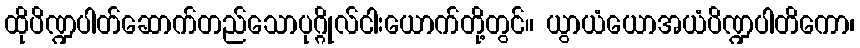
ထိုပိဏ္ဍပါတ်ဆောက်တည်သောပုဂ္ဂိုလ်ငါးယောက်တို့တွင်။ ယွာယံယောအယံပိဏ္ဍပါတိကော၊